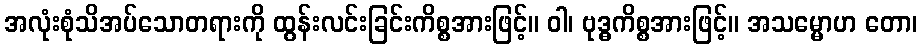
အလုံးစုံသိအပ်သောတရားကို ထွန်းလင်းခြင်းကိစ္စအားဖြင့်။ ဝါ၊ ဗုဒ္ဓကိစ္စအားဖြင့်။ အသမ္မောဟ တော၊